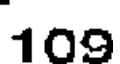
109